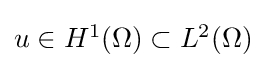
{\textstyle u\in H^{1}(\Omega )\subset L^{2}(\Omega )}